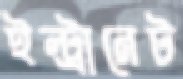
ইন্ট্রানেট